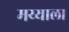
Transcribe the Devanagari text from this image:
मय्याला